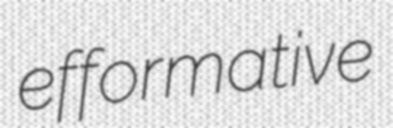
efformative